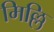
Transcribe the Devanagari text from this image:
मिल्लि